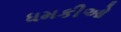
ધમકીઓ